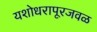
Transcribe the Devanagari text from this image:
यशोधरापूरजवळ